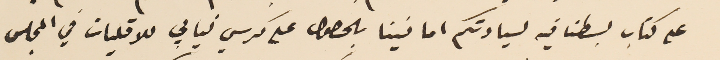
على كتاب بسطنا فيه لسيادتكم امانينا بالحصول على كرسي نيابي للاقليات في المجلس